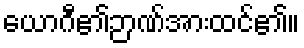
ယောဂီ၏ဉာဏ်အားထင်၏။